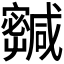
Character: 𡫹